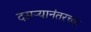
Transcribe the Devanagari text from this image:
दसऱ्यानंतरच्या